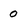
Character: o